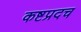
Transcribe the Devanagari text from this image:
कष्टप्रदच